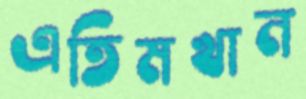
এতিমখান